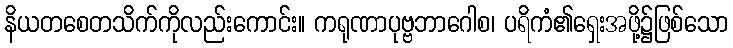
နိယတစေတသိက်ကိုလည်းကောင်း။ ကရုဏာပုဗ္ဗဘာဂေါစ၊ ပရိကံ၏ရှေးအဖို့၌ဖြစ်သော